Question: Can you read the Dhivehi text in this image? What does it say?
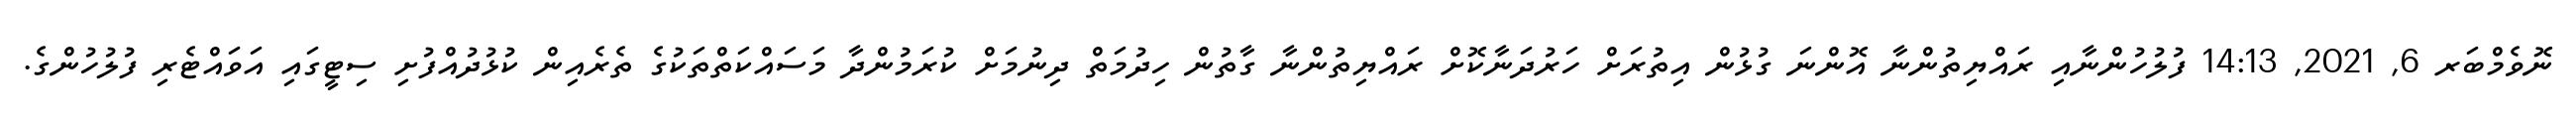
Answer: ނޮވެމްބަރ 6, 2021, 14:13 ފުލުހުންނާއި ރައްޔިތުންނާ އޮންނަ ގުޅުން އިތުރަށް ހަރުދަނާކޮށް ރައްޔިތުންނާ ގާތުން ހިދުމަތް ދިނުމަށް ކުރަމުންދާ މަސައްކަތްތަކުގެ ތެރެއިން ކުޅުދުއްފުށި ސިޓީގައި އަވައްޓެރި ފުލުހުންގެ.